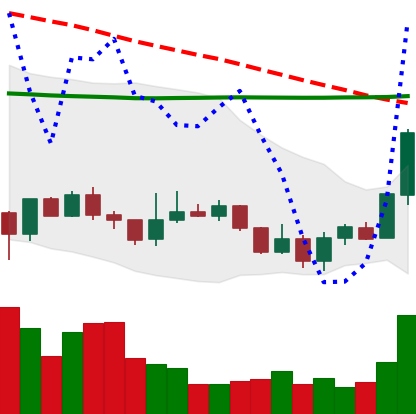
Ticker: LINK-USD
Chart end date: 2020-01-07
Forward return: 6.201%
Label: up_5_7